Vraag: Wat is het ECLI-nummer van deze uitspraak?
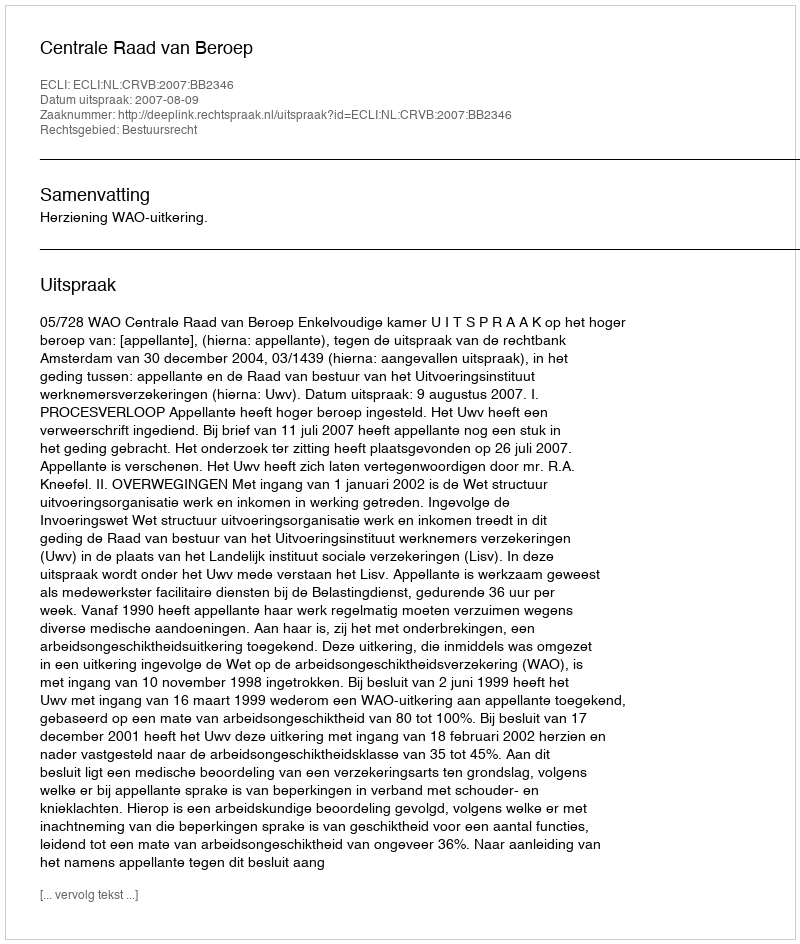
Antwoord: ECLI:NL:CRVB:2007:BB2346